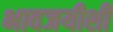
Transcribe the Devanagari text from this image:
भावजयीशी